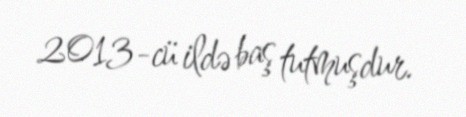
2013-cü ildə baş tutmuşdur.